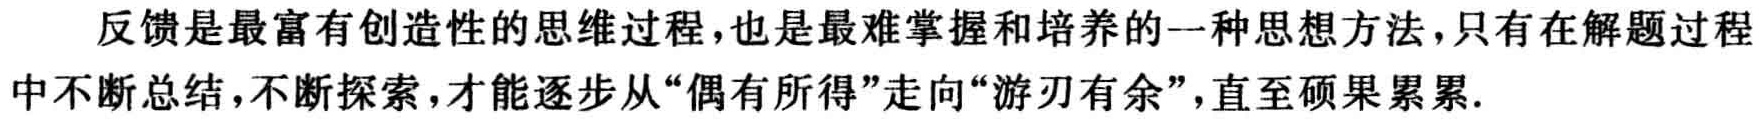
反馈是最富有创造性的思维过程,也是最难掌握和培养的一种思想方法,只有在解题过程中不断总结,不断探索,才能逐步从“偶有所得”走向“游刃有余”,直至硕果累累.